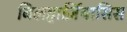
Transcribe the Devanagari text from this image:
बिलहार्ज़ियासिस